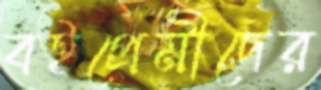
বইপ্রেমীদের